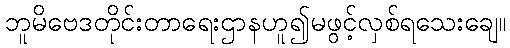
ဘူမိဗေဒတိုင်းတာရေးဌာနဟူ၍မဖွင့်လှစ်ရသေးချေ။